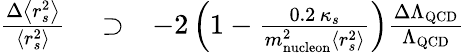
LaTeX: \begin{array}{rlr}{\frac{\Delta\left<r_{s}^{2}\right>}{\left<r_{s}^{2}\right>}}&{{}\supset}&{-2\left(1-\frac{0.2\, \kappa_{s}}{m_{\mathrm{nucleon}}^{2}\left<r_{s}^{2}\right>}\right)\frac{\Delta\Lambda_{\mathrm{QCD}}}{\Lambda_{\mathrm{QCD}}}}\end{array}